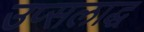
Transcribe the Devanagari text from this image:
उप्सलाद्ध